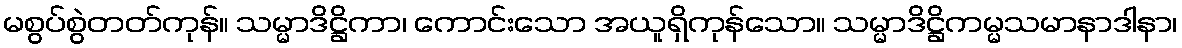
မစွပ်စွဲတတ်ကုန်။ သမ္မာဒိဋ္ဌိကာ၊ ကောင်းသော အယူရှိကုန်သော။ သမ္မာဒိဋ္ဌိကမ္မသမာနာဒါနာ၊